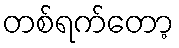
တစ်ရက်တော့